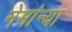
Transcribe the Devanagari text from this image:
नेमांन्या